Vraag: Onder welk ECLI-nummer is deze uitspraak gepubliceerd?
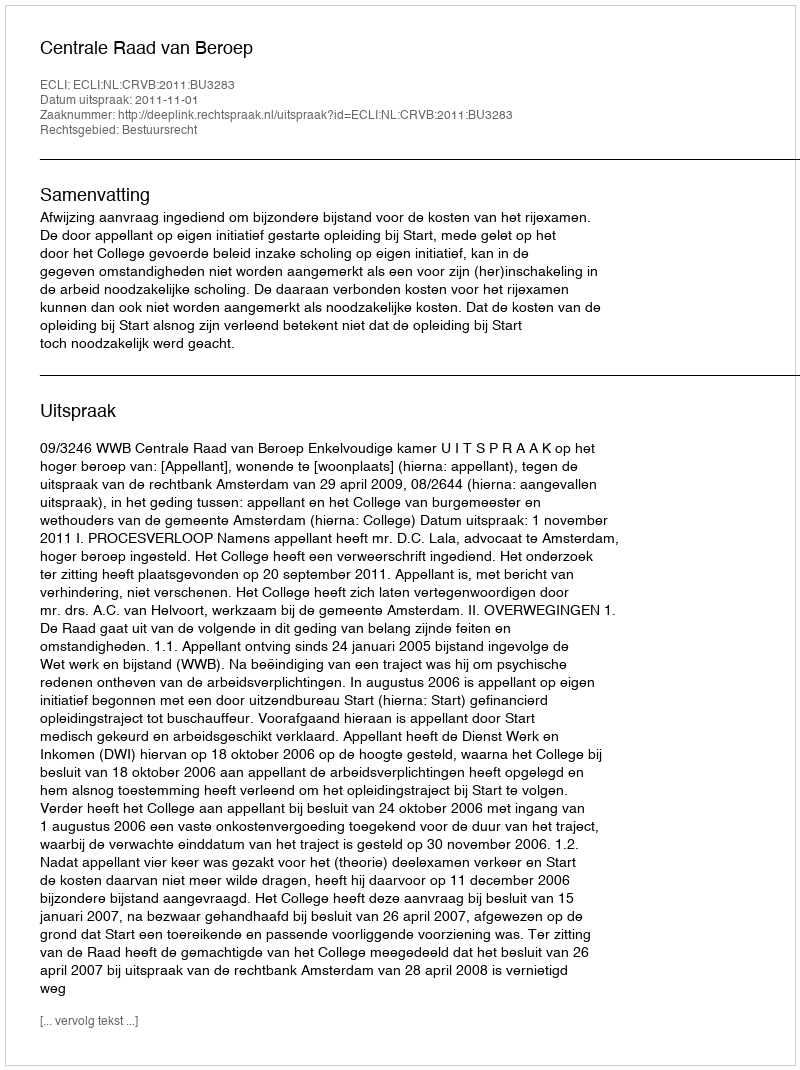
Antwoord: ECLI:NL:CRVB:2011:BU3283